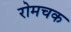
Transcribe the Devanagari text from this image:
रोमचक